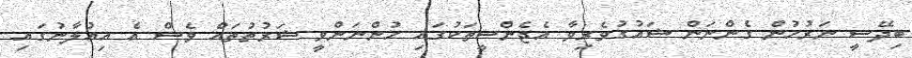
ބިދޭސީ ނަރުހުން ގެންނަން ޝައުގުވެރިވާ އެޖެންސީތަކުގައި ހުންނަންވީ ޝަރުތުތައް ވެސް އެ އިއުލާނުގައި